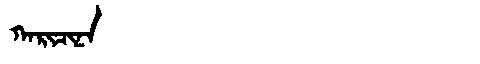
Manchu: ᡴᠠᡵᡳᠴᡳᠨᠠ
Romanization: KARICINA